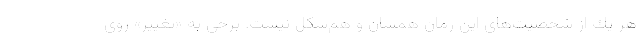
هر يك از شخصيت‌هاي اين رمان همسان و هم‌شكل نيست. برخي به «تغيير» روي